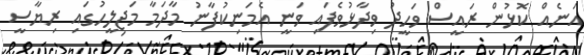
އަނެއް ކޮޅުން ރައީސް ވަހީދު ވިދާޅުވެފައި ވަނީ އެމަނިކުފާނު މާދަމާ މަޖިލީހުގައި ރިޔާސީ